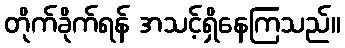
တိုက်ခိုက်ရန် အသင့်ရှိနေကြသည်။